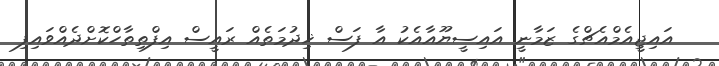
އައިޖީއެމްއެޗްގެ ޒަމާނީ އައިސީޔޫއާއެކު އާ ފަސް ޚިދުމަތެއް ރައީސް އިފްތިތާހްކޮށްދެއްވައިފި